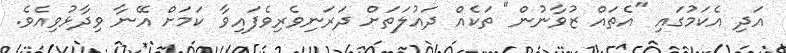
އަދި އެކަމުގައި "އެތައް ޒުވާނުން" ތަކެއް ދައުލަތަށް ދަރަނިވެރިވެފައިވާ ކަމަށް އޭނާ ވިދާޅުވިއެވެ.